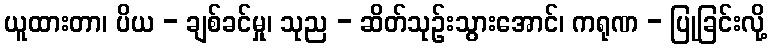
ယူထားတာ၊ ပိယ - ချစ်ခင်မှု၊ သုည - ဆိတ်သုဉ်းသွားအောင်၊ ကရုဏ - ပြုခြင်းလို့